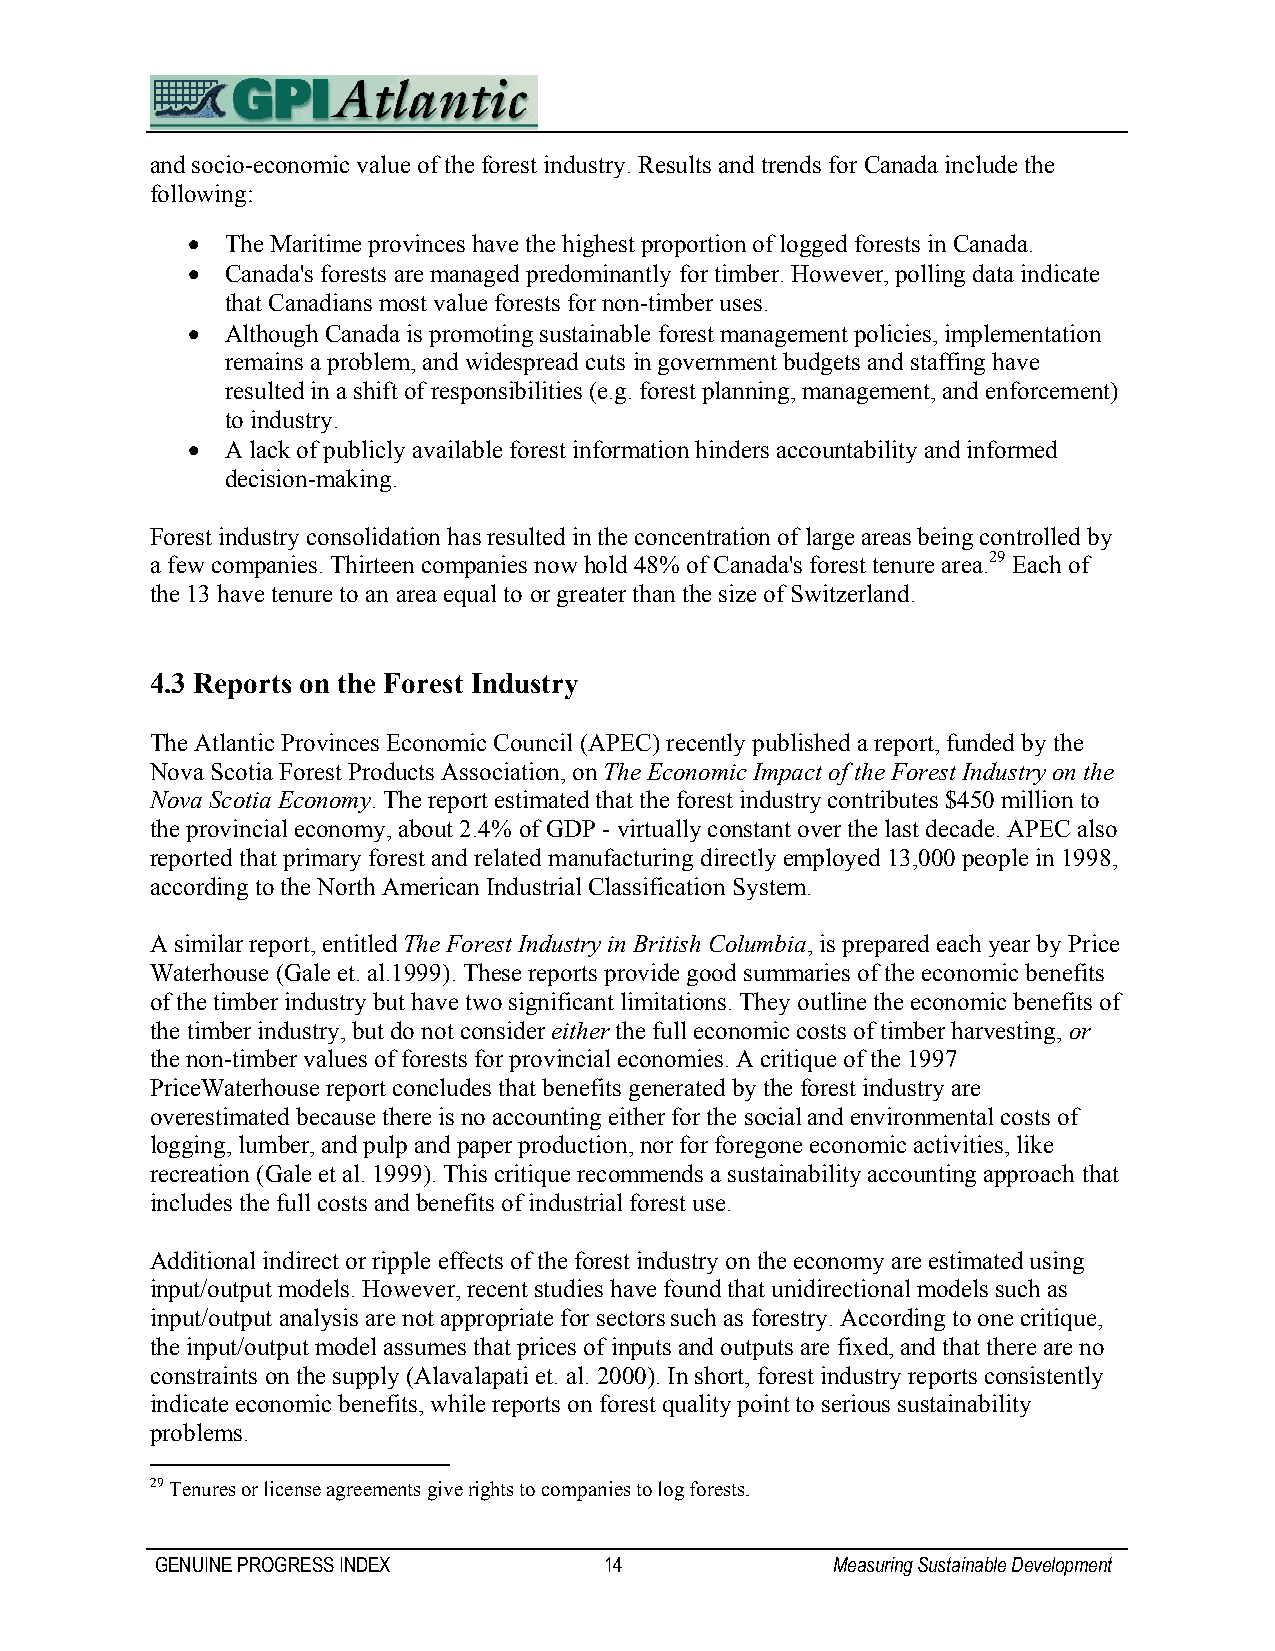
and socio-economic value of the forest industry. Results and trends for Canada include the
 following:
 •  The Maritime provinces have the highest proportion of logged forests in Canada.
 •  Canada's forests are managed predominantly for timber. However, polling data indicate
 that Canadians most value forests for non-timber uses.
 •  Although Canada is promoting sustainable forest management policies, implementation
 remains a problem, and widespread cuts in government budgets and staffing have
 resulted in a shift of responsibilities (e.g. forest planning, management, and enforcement)
 to industry.
 •  A lack of publicly available forest information hinders accountability and informed
 decision-making.
 Forest industry consolidation has resulted in the concentration of large areas being controlled by
 a few companies. Thirteen companies now hold 48% of Canada's forest tenure area.29 Each of
 the 13 have tenure to an area equal to or greater than the size of Switzerland.
 4.3 Reports on the Forest Industry
 The Atlantic Provinces Economic Council (APEC) recently published a report, funded by the
 Nova Scotia Forest Products Association, on The Economic Impact of the Forest Industry on the
 Nova Scotia Economy. The report estimated that the forest industry contributes $450 million to
 the provincial economy, about 2.4% of GDP - virtually constant over the last decade. APEC also
 reported that primary forest and related manufacturing directly employed 13,000 people in 1998,
 according to the North American Industrial Classification System.
 A similar report, entitled The Forest Industry in British Columbia, is prepared each year by Price
 Waterhouse (Gale et. al.1999). These reports provide good summaries of the economic benefits
 of the timber industry but have two significant limitations. They outline the economic benefits of
 the timber industry, but do not consider either the full economic costs of timber harvesting, or
 the non-timber values of forests for provincial economies. A critique of the 1997
 PriceWaterhouse report concludes that benefits generated by the forest industry are
 overestimated because there is no accounting either for the social and environmental costs of
 logging, lumber, and pulp and paper production, nor for foregone economic activities, like
 recreation (Gale et al. 1999). This critique recommends a sustainability accounting approach that
 includes the full costs and benefits of industrial forest use.
 Additional indirect or ripple effects of the forest industry on the economy are estimated using
 input/output models. However, recent studies have found that unidirectional models such as
 input/output analysis are not appropriate for sectors such as forestry. According to one critique,
 the input/output model assumes that prices of inputs and outputs are fixed, and that there are no
 constraints on the supply (Alavalapati et. al. 2000). In short, forest industry reports consistently
 indicate economic benefits, while reports on forest quality point to serious sustainability
 problems.
 29 Tenures or license agreements give rights to companies to log forests.
 GENUINE PROGRESS INDEX        14             Measuring Sustainable Development